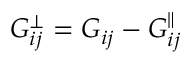
G _ { i j } ^ { \perp } = G _ { i j } - G _ { i j } ^ { \parallel }